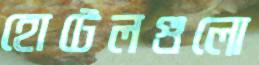
হোটেলগুলো